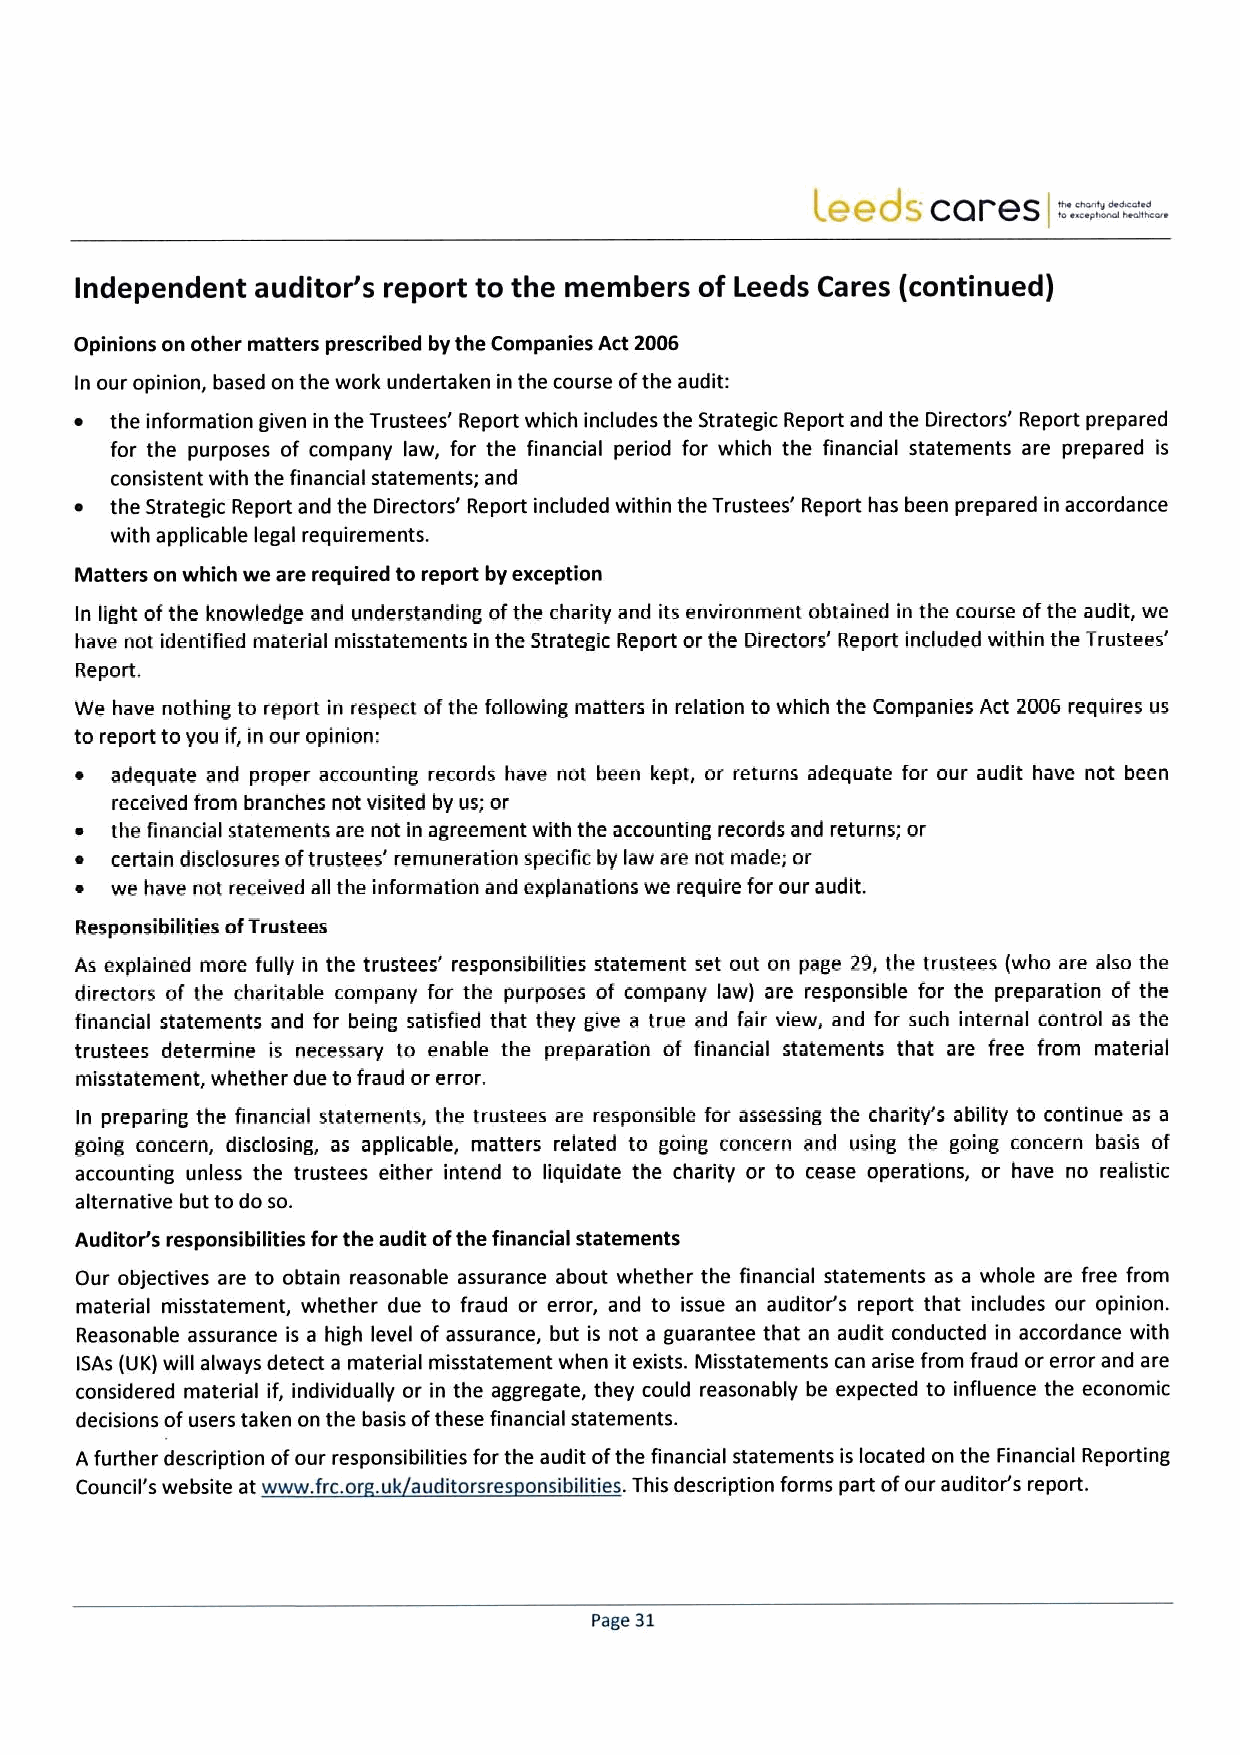
Independent auditor's report to the members of Leeds Cares (continued)
 Opinions on other matters prescribed by the Companies Act 2006
 In our opinion, based on the work undertaken in the course ofthe audit:
 ~ the information given in the Trustees' Report which includes the Strategic Report and the Directors' Report prepared
 for the purposes of company law, for the financial period for which the financial statements are prepared is
 consistent with the financial statements; and
 ~ the Strategic Report and the Directors' Report included within the Trustees' Report has been prepared in accordance
 with applicable! egal requirements.
 Matters on which we are required to report by exception
 In light ofthe knowledge and understanding ofthe charity and its environment obtained in the course ofthe audit, we
 have not identified material rnisstatements in the Strategic Report or the Directors' Report included within the Trustees'
 Report.
 We have nothing to report in respect ofthe following matters in relation to which the Companies Act 2006 requires us
 to report toyou if, in our opinion:
 ~ adequate and proper accounting records have not been kept, or returns adequate for our audit have not been
 received from branches not visited by us; or
 ~ the financial statements are not in agreement with the accounting records and returns; or
 ~ certain disclosures oftrustees' remuneration specific by law are not made; or
 ~ we have not received all the information and explanations we require for our audit.
 ResponsibiTities ofTrustees
 As explained more fully in the trustees' responsibilities statement set out on page 29, the trustees (who are also the
 directors of the charitable company for the purposes of company law) are responsible for the preparation of the
 financial statements and for being satisfied that they give a true and fair view, and for such internal control as the
 trustees determine is necessary to enable the preparation of financial statements that are free from matedial
 misstatement, whether due to fraud or error.
 In preparing the financial stateinents, the trustees are responsible for assessing the charity's ability to continue as a
 going concern, disclosing, as applicable, matters related to going concern and using the going concern basis of
 accounting unless the trustees either intend to liquidate the charity or to cease operations, or have no realistic
 alternative but to do so.
 Auditor's responsibilities for the audit ofthe financial statements
 Our objectives are to obtain reasonable assurance about whether the financia! statements as a whole are free from
 material misstatement, whether due to fraud or error, and to issue an auditor's report that includes our opinion.
 Reasonable assurance is a high level of assurance, but is not a guarantee that an audit conducted in accordance with
 ISAs (UK) will always detect a material misstatement when it exists. Misstatements can arise from fraud or error and are
 considered material if, individually or in the aggregate, they could reasonably be expected to influence the economic
 decisions ofusers taken on the basis ofthese financial statements.
 A further description ofour responsibilities for the audit ofthe financial statements is located on the Financial Reporting
 Council's website at www. frc.or . uk auditorsres onsibilities. This description forms part ofour auditor's report.
 Page 31